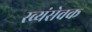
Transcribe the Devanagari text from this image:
स्व्यंसेवक